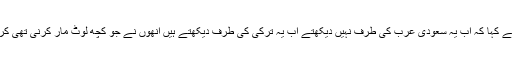
شیخ رشید نے کہا کہ اب یہ سعودی عرب کی طرف نہیں دیکھتے اب یہ ترکی کی طرف دیکھتے ہیں انھوں نے جو کچھ لوٹ مار کرنی تھی کر چکے ہیں۔